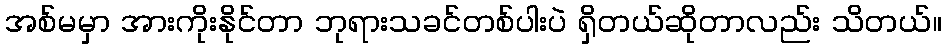
အစ်မမှာ အားကိုးနိုင်တာ ဘုရားသခင်တစ်ပါးပဲ ရှိတယ်ဆိုတာလည်း သိတယ်။